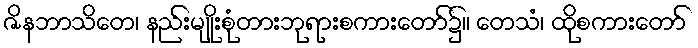
ဇိနဘာသိတေ၊ နည်းမျိုးစုံတားဘုရားစကားတော်၌။ တေသံ၊ ထိုစကားတော်